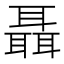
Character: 聶